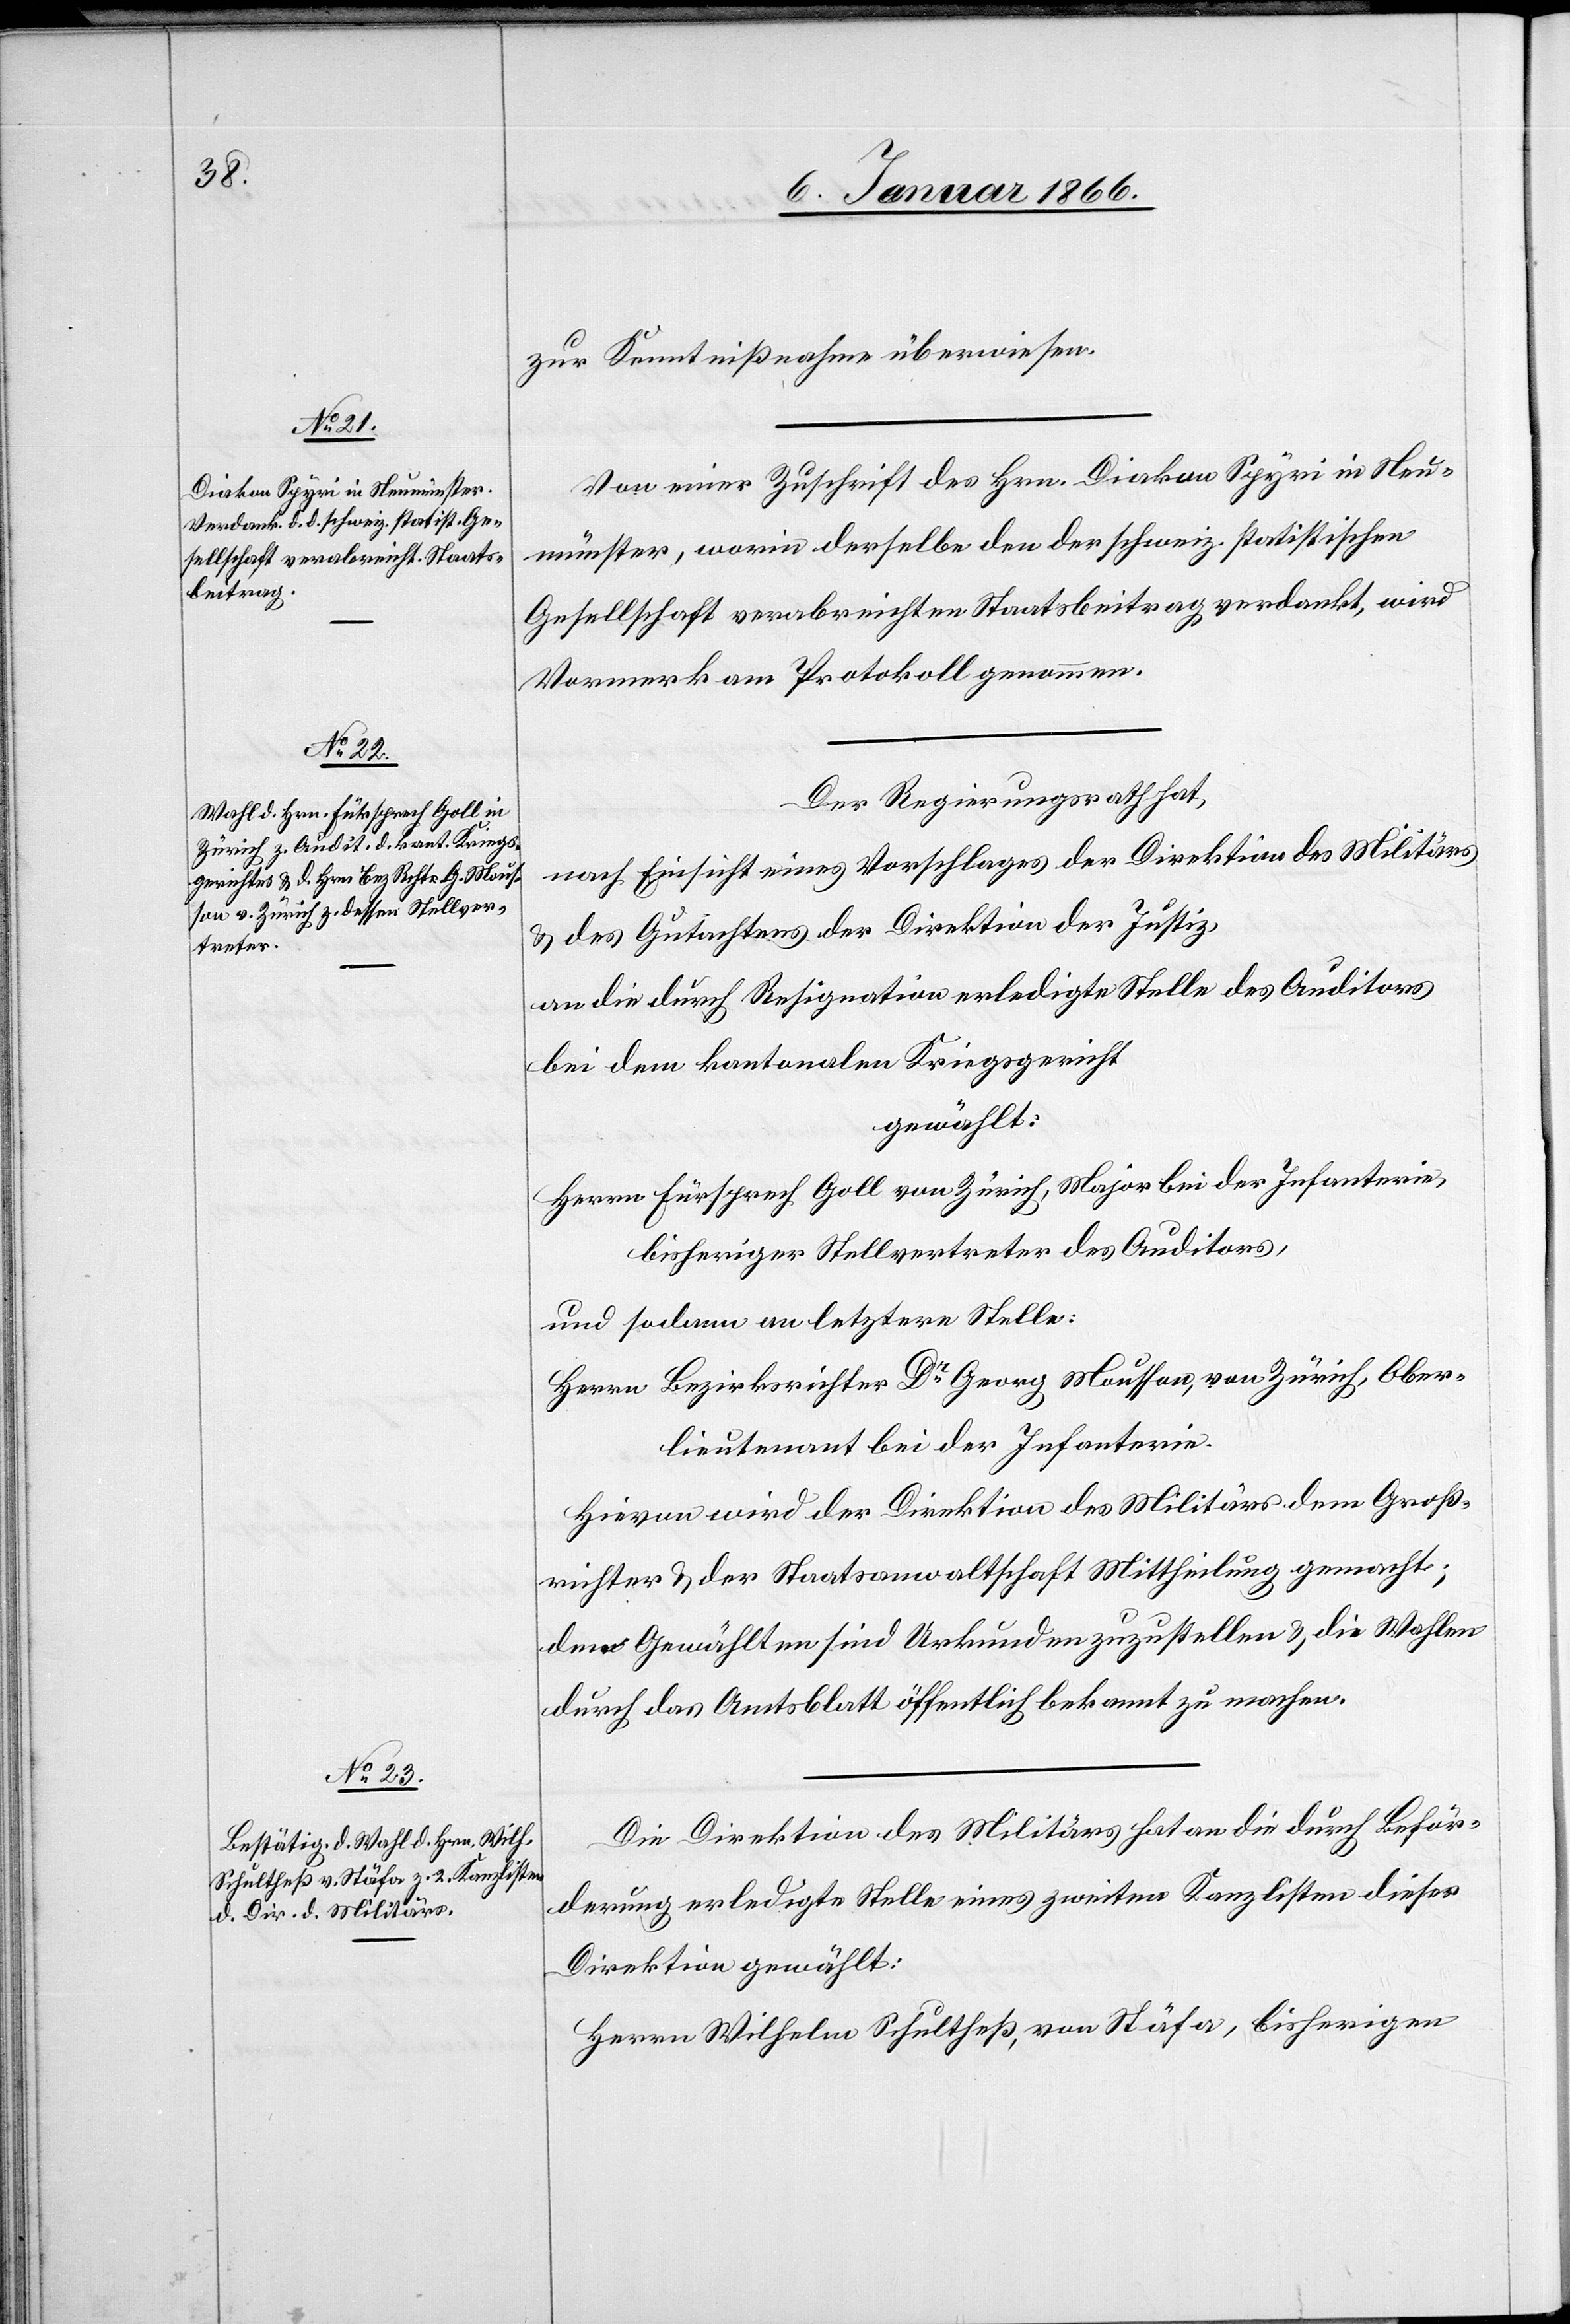
zur Kenntnißnahme überwiesen.
Von einer Zuschrift des Hrn. Diakon Spyri in Neu¬
münster, worin derselbe den der schweiz. statistischen
Gesellschaft verabreichte Staatsbeitrag verdankt, wird
Vormerk am Protokoll genommen.
Der Regierungsrath hat,
nach Einsicht eines Vorschlages der Direktion des Militärs
u. des Gutachtens der Direktion der Justiz,
an die durch Resignation erledigte Stelle des Auditors
bei dem kantonalen Kriegsgericht
gewählt:
Herrn Fürsprech Goll von Zürich, Major bei Infanterie,
bisheriger Stellvertretender des Auditors,
und sodann an letztern Stelle:
Herrn Bezirksrichter Dr. Georg Mousson, von Zürich, Ober¬
lieutenant bei der Infanterie.
Hievon wird der Direktion des Militärs, dem Groß¬
richter u. der Staatsanwaltschaft Mittheilung gemacht;
den Gewählten sind Urkunden zuzustellen u. die Wahlen
durch das Amtsblatt öffentlich bekannt zu machen.
Die Direktion des Militärs hat an die durch Beför¬
derung erledigte Stelle eines zweiten Kanzlisten dieser
Direktion gewählt:
Herrn Wilhelm Schultheß, von Stäfa, bisherigen